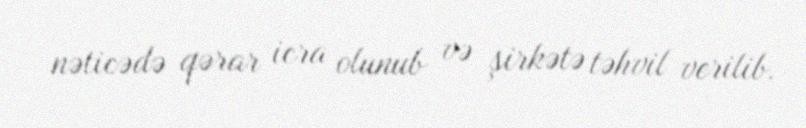
nəticədə qərar icra olunub və şirkətə təhvil verilib.